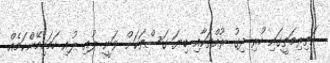
އަތިރިމަތީގައި ހުރި ދިގު ރުއްތަކާއި ބިޔަ ގަސްތަކަށް ވަނީ ލުއި ލުއި ހަމަހިމޭންކަމެއް